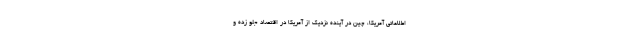
اطلاعاتی آمریکا، چین در آینده نزدیک از آمریکا در اقتصاد جلو زده و